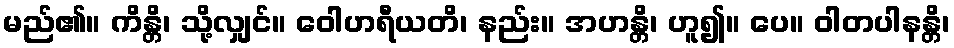
မည်၏။ ကိန္တိ၊ သို့လျှင်။ ဝေါဟရီယတိ၊ နည်း။ အဟန္တိ၊ ဟူ၍။ ပေ။ ဝါတပါနန္တိ၊